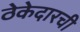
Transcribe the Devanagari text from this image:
ठेकेदारची